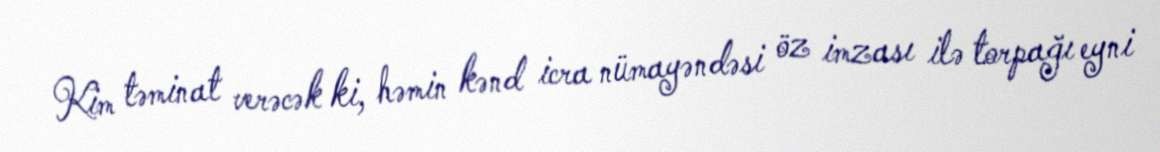
Kim təminat verəcək ki, həmin kənd icra nümayəndəsi öz imzası ilə torpağı eyni